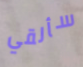
سألقي